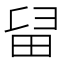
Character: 𤱚